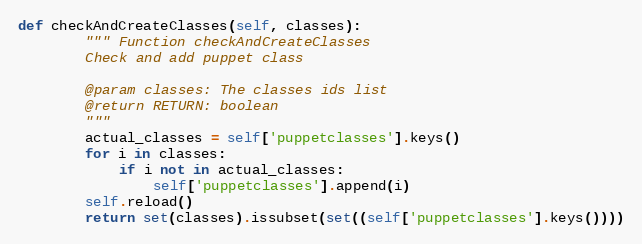
Language: Python
def checkAndCreateClasses(self, classes):
        """ Function checkAndCreateClasses
        Check and add puppet class

        @param classes: The classes ids list
        @return RETURN: boolean
        """
        actual_classes = self['puppetclasses'].keys()
        for i in classes:
            if i not in actual_classes:
                self['puppetclasses'].append(i)
        self.reload()
        return set(classes).issubset(set((self['puppetclasses'].keys())))